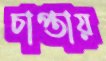
চাপ্তায়